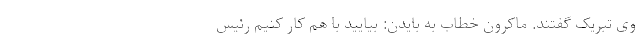
وی تبریک گفتند. ماکرون خطاب به بایدن: بیایید با هم کار کنیم رئیس‌